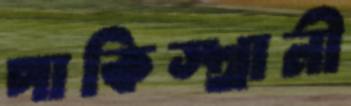
পাকিস্থানী